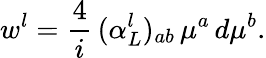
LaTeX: w^{l}=\frac{4}{i}\, (\alpha_{L}^{l})_{ab}\, \mu^{a}\, d\mu^{b}.